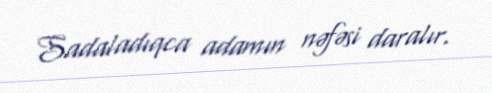
Sadaladıqca adamın nəfəsi daralır.